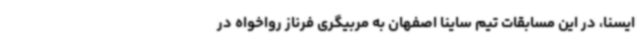
ایسنا، در این مسابقات تیم ساینا اصفهان به مربیگری فرناز رواخواه در